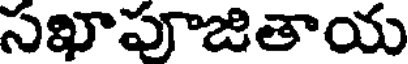
సఖాపూజితాయ